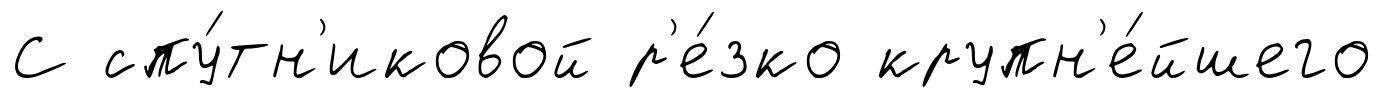
С спу́тн'иковой р'е́зко крупн'е́йшего